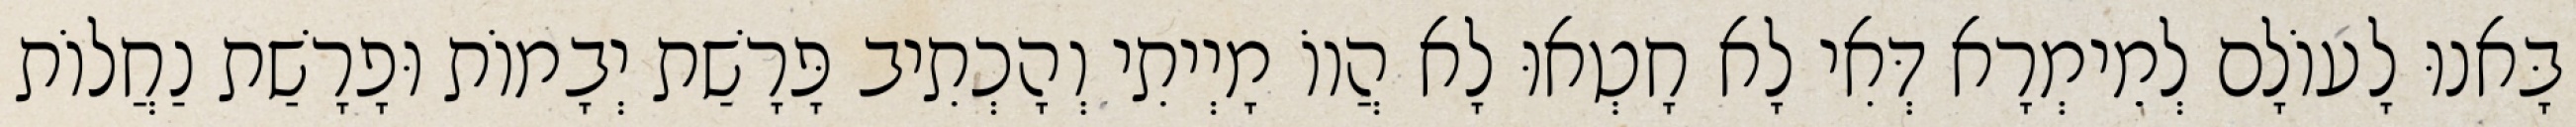
בָּאנוּ לָעוֹלָם לְמֵימְרָא דְּאִי לָא חָטְאוּ לָא הֲווֹ מָיְיתִי וְהָכְתִיב פָּרָשַׁת יְבָמוֹת וּפָרָשַׁת נַחֲלוֹת